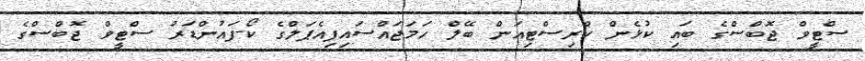
ސްޓީވް ޖޮބްސްގެ ބައި ކުޅެން ކްރިސްޓިއަން ބޭލް ހަމަޖައްސައިފިއެޕަލްގެ ކޯ-ފައުންޑަރު ސްޓީވް ޖޮބްސްގެ